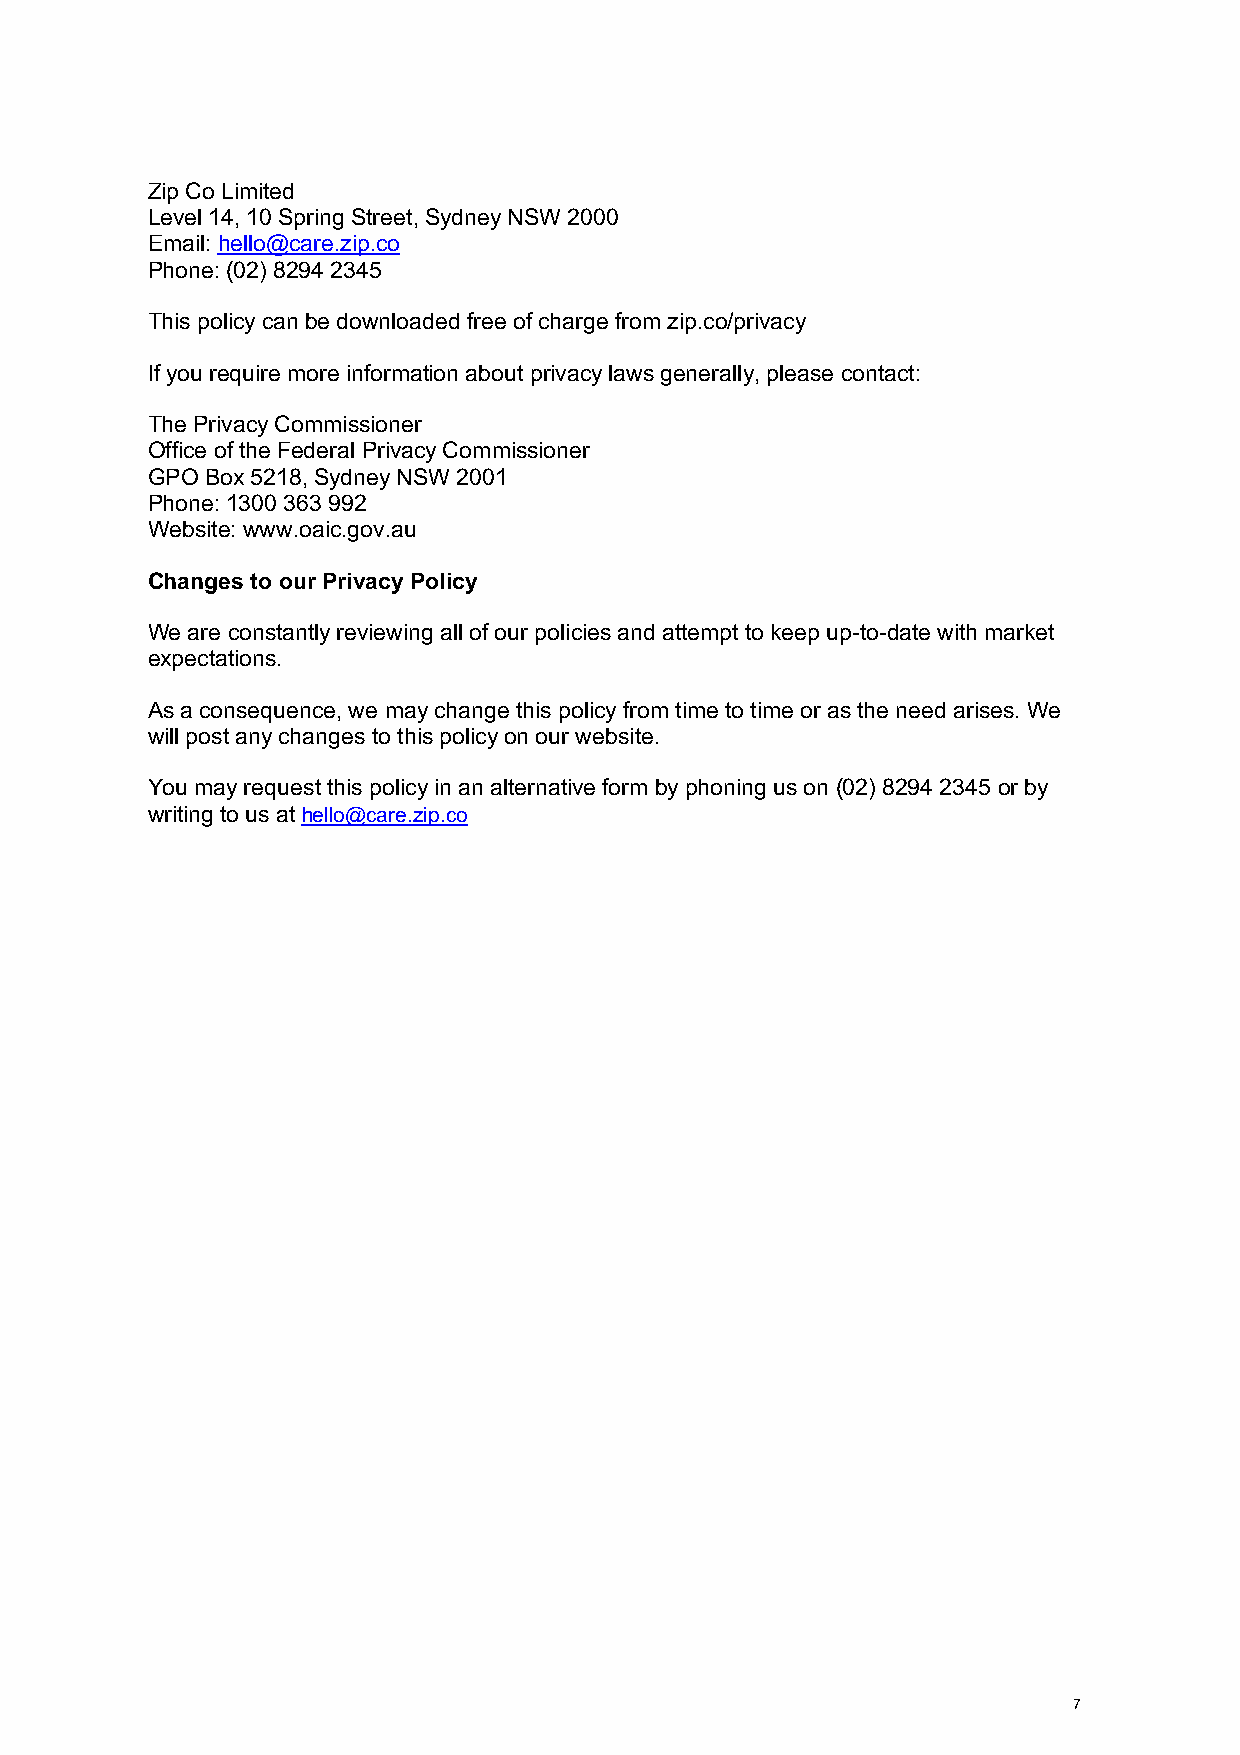
Zip Co Limited
 Level 14, 10 Spring Street, Sydney NSW 2000
 Email: hello@care.zip.co
 Phone: (02) 8294 2345
 This policy can be downloaded free of charge from zip.co/privacy
 If you require more information about privacy laws generally, please contact:
 The Privacy Commissioner
 Office of the Federal Privacy Commissioner
 GPO Box 5218, Sydney NSW 2001
 Phone: 1300 363 992
 Website: www.oaic.gov.au
 Changes to our Privacy Policy
 We are constantly reviewing all of our policies and attempt to keep up-to-date with market
 expectations.
 As a consequence, we may change this policy from time to time or as the need arises. We
 will post any changes to this policy on our website.
 You may request this policy in an alternative form by phoning us on (02) 8294 2345 or by
 writing to us at hello@care.zip.co
 7